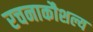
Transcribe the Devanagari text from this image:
रचनाकौशल्य